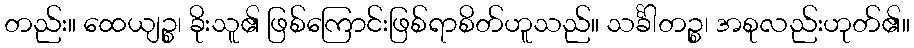
တည်း။ ထေယျဉ္စ၊ ခိုးသူ၏ ဖြစ်ကြောင်းဖြစ်ရာစိတ်ဟူသည်။ သင်္ခါတဉ္စ၊ အစုလည်းဟုတ်၏။